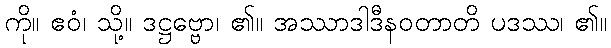
ကို။ ဧဝံ၊ သို့။ ဒဋ္ဌဗ္ဗော၊ ၏။ အဿာဒါဒီနဝတာတိ ပဒဿ၊ ၏။